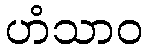
ဟံသာဝ